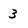
Character: 3